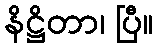
နိဋ္ဌိတာ၊ ပြီ။